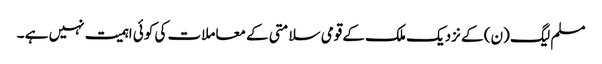
مسلم لیگ (ن) کے نزدیک ملک کے قومی سلامتی کے معاملات کی کوئی اہمیت نہیں ہے ۔